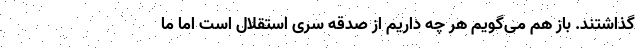
گذاشتند. باز هم می‌گویم هر چه داریم از صدقه سری استقلال است اما ما